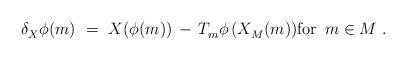
LaTeX: \begin{align*} \delta_X^{} \phi(m)~=~X(\phi(m)) \, - \, T_m^{} \phi \, (X_M^{}(m)) \mbox{for $\, m \in M$}~.\end{align*}